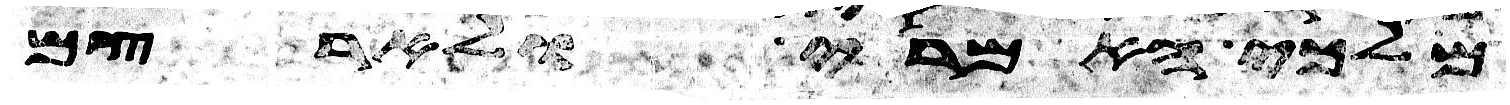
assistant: מלכי האמרי ולארצם